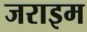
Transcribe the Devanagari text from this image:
जराइम